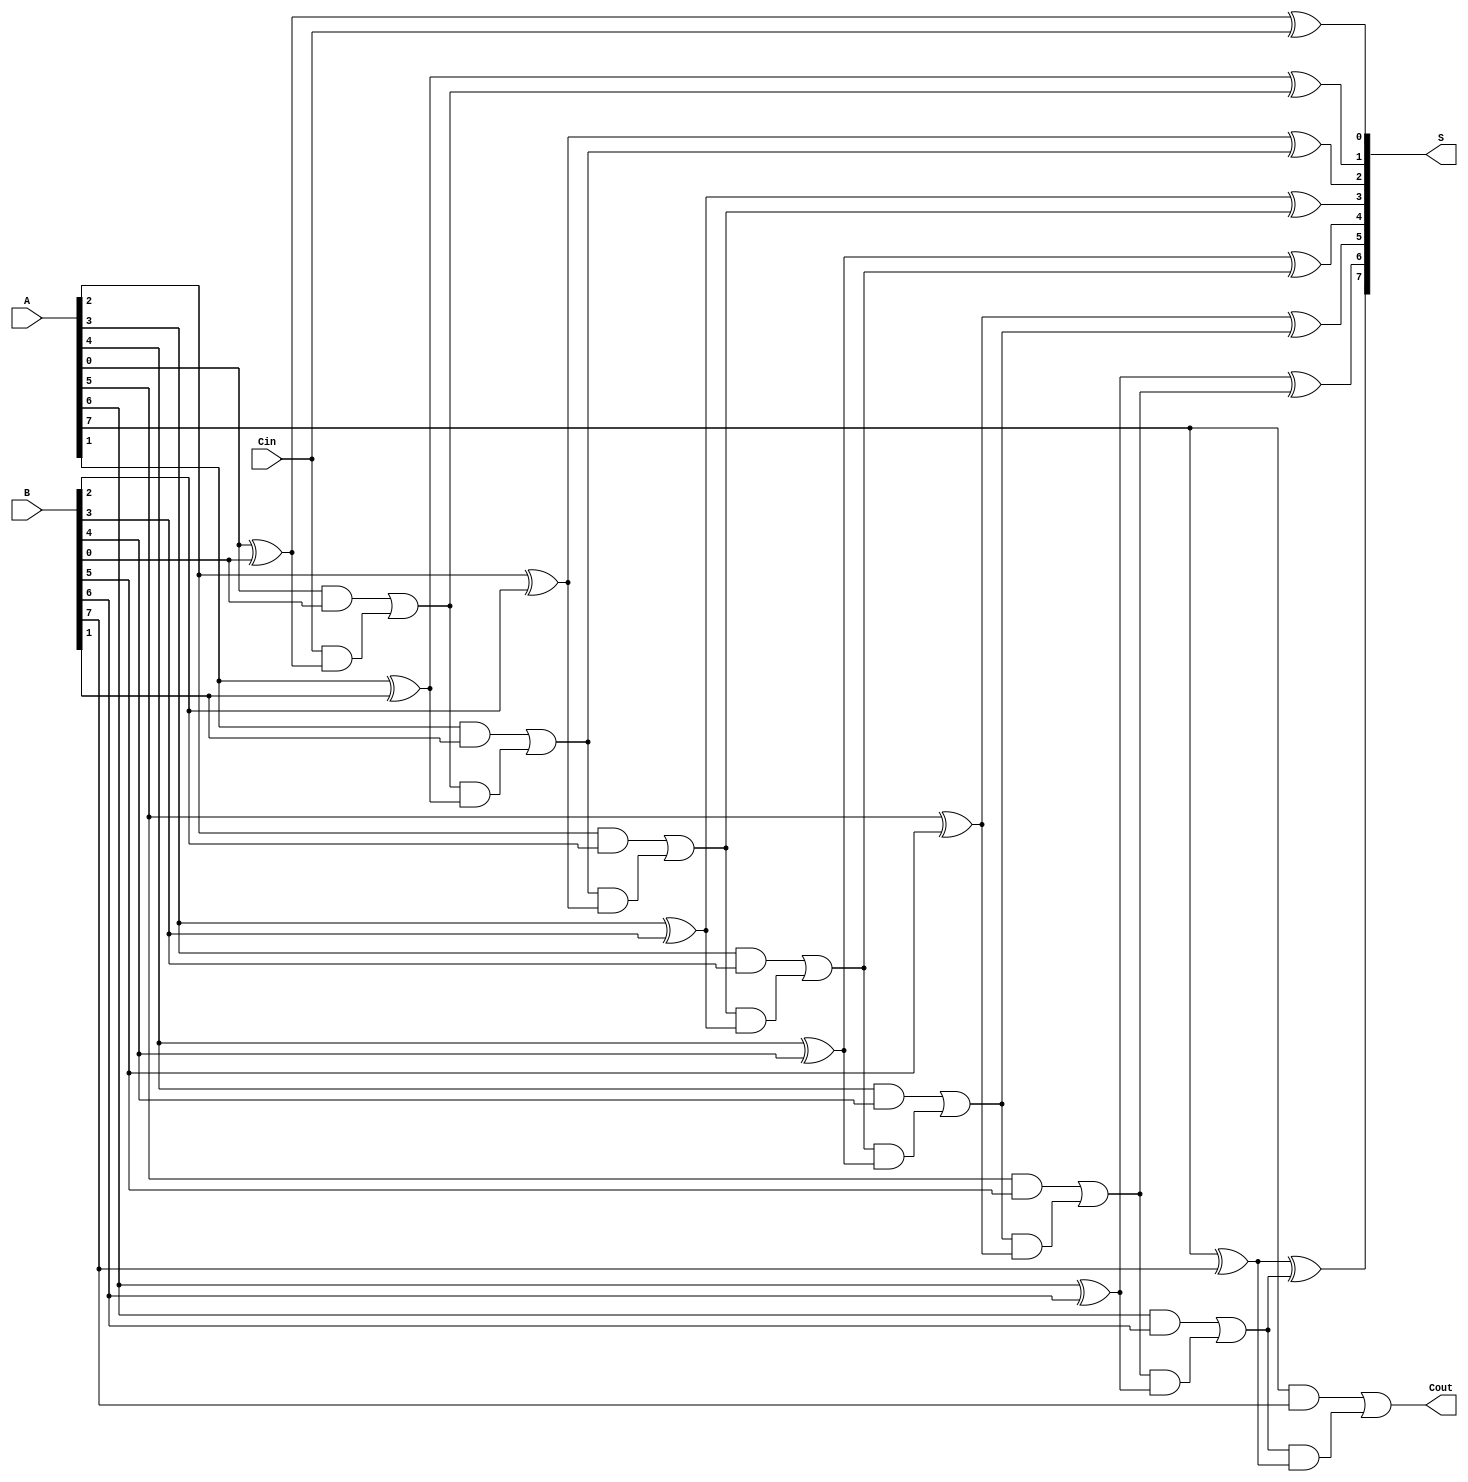
module Manchester_Carry_Chain_Adder #(
    parameter n = 8  // You can define the bit width here.
)(
    input  wire [n-1:0] A,      // n-bit input A
    input  wire [n-1:0] B,      // n-bit input B
    input  wire Cin,             // optional carry-in
    output wire [n-1:0] S,       // n-bit sum output
    output wire Cout             // carry-out signal
);

    wire [n:0] C;  // Carry signals, C[n] is the carry-out
    assign C[0] = Cin; // Initial carry is carry-in

    genvar i;
    generate
        for (i = 0; i < n; i = i + 1) begin : adder_stage
            // Full Adder logic for Sum and Carry
            assign S[i] = A[i] ^ B[i] ^ C[i]; // Sum calculation
            assign C[i + 1] = (A[i] & B[i]) | (C[i] & (A[i] ^ B[i])); // Carry generation
        end
    endgenerate

    assign Cout = C[n]; // Final carry-out

endmodule